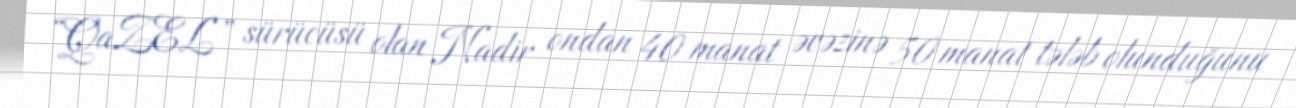
“QaZEL” sürücüsü olan Nadir ondan 40 manat əvəzinə 50 manat tələb olunduğunu